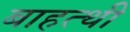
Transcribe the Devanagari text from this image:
बाहत्थी